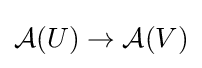
{\mathcal {A}}(U)\to {\mathcal {A}}(V)